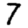
Digit: 7